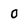
Character: O